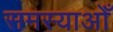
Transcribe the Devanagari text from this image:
समस्याओँ